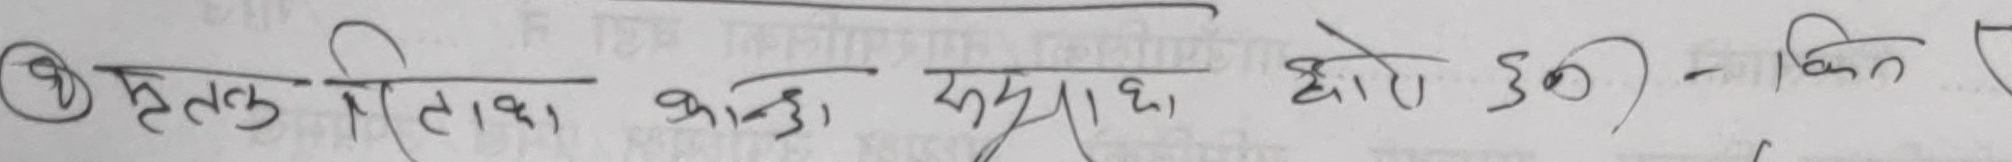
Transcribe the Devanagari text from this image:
१ प्रत्येक किताब कहाँ सुविधा हो ३० ) - कि त